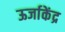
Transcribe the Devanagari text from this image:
ऊर्जाकेंद्र